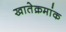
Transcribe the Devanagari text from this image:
खातेक्रमांक